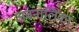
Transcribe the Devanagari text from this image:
अवनालिका